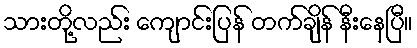
သားတို့လည်း ကျောင်းပြန် တက်ချိန် နီးနေပြီ။